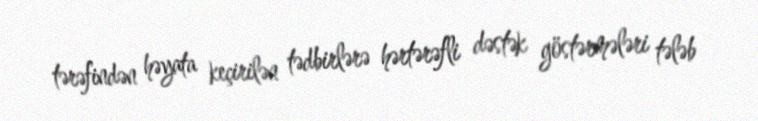
tərəfindən həyata keçirilən tədbirlərə hərtərəfli dəstək göstərmələri tələb